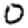
Digit: 0